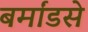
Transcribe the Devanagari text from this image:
बर्मांडसे